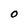
Character: O